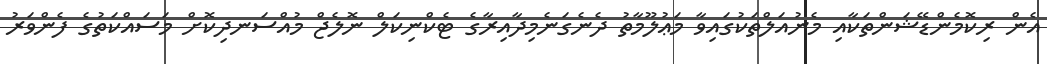
އެން ރިކޮމެންޑޭޝަންތަކާއި މެނުއަލްތަކުގައިވާ މަޢުލޫމާތު ދެނެގަނެމިދާއިރާގެ ޓެކްނިކަލް ނޮލެޖް މުއްސަނދިކޮށް މަސައްކަތުގެ ފެންވަރު